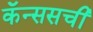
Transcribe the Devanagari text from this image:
कॅन्ससची